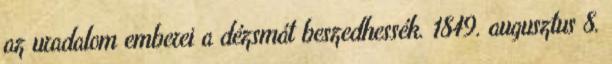
az uradalom emberei a dézsmát beszedhessék. 1849. augusztus 8.